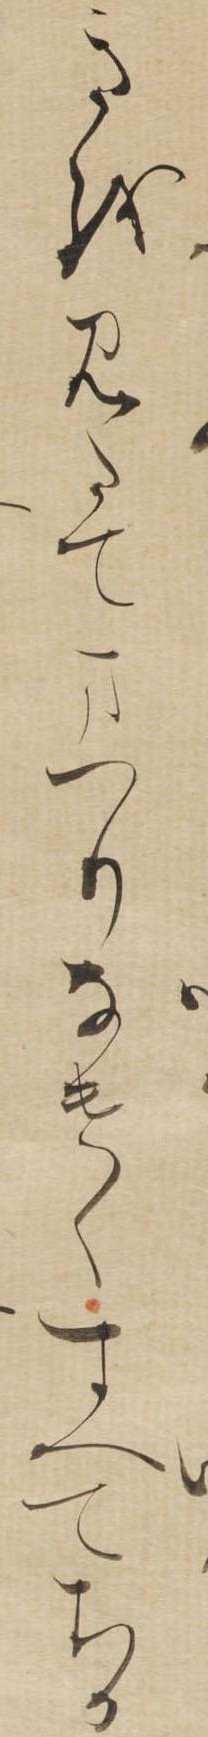
きをみたてまつりなけくすへてちか